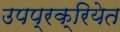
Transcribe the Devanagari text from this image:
उपप्रक्रियेत